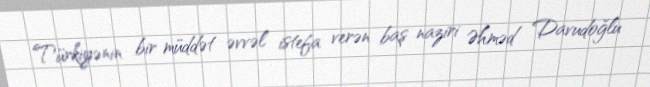
Türkiyənin bir müddət əvvəl istefa verən baş naziri Əhməd Davudoğlu